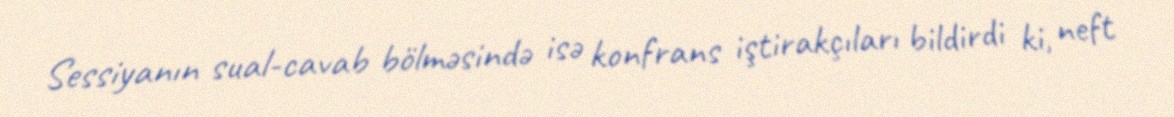
Sessiyanın sual-cavab bölməsində isə konfrans iştirakçıları bildirdi ki, neft